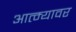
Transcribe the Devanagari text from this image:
आत्म्यावर